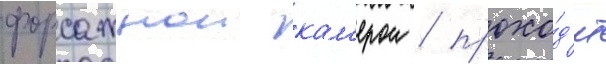
форсажнои кам'ерои / прохо́д'ит